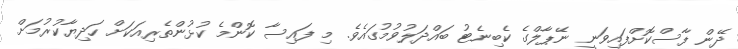
ދޭން ފާސްކޮށްފައިވަނީ ނޭޕާލްގެ ކެބިނެޓު ބައްދަލުވުމުގައެވެ. މި ފައިސާ ކޮންމެ ކުޅުންތެރިއަކަށް ހަދިޔާކުރުމަށް